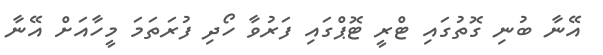
އޭނާ ބުނި ގޮތުގައި ޓްރީ ޓޮޕްގައި ފަރުވާ ހޯދި ފުރަތަމަ މީހާއަށް އޭނާ